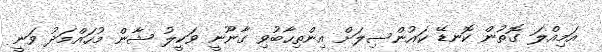
އަމިއްލަ ގޮތުން ކޮނޑޭ ކައުންސިލަށް އިންތިހާބުވި ގާނޫނީ ވަކީލު ޝާން މުހައްމަދު ވަނީ